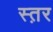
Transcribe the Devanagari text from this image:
स्त़र